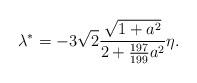
LaTeX: \begin{align*}\lambda^* = -3\sqrt2\frac{\sqrt{1+a^2}}{2+\frac{197}{199}a^2}\eta.\end{align*}